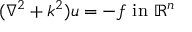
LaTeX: ( \nabla ^ { 2 } + k ^ { 2 } ) u = - f { \mathrm { ~ i n ~ } } \mathbb { R } ^ { n }